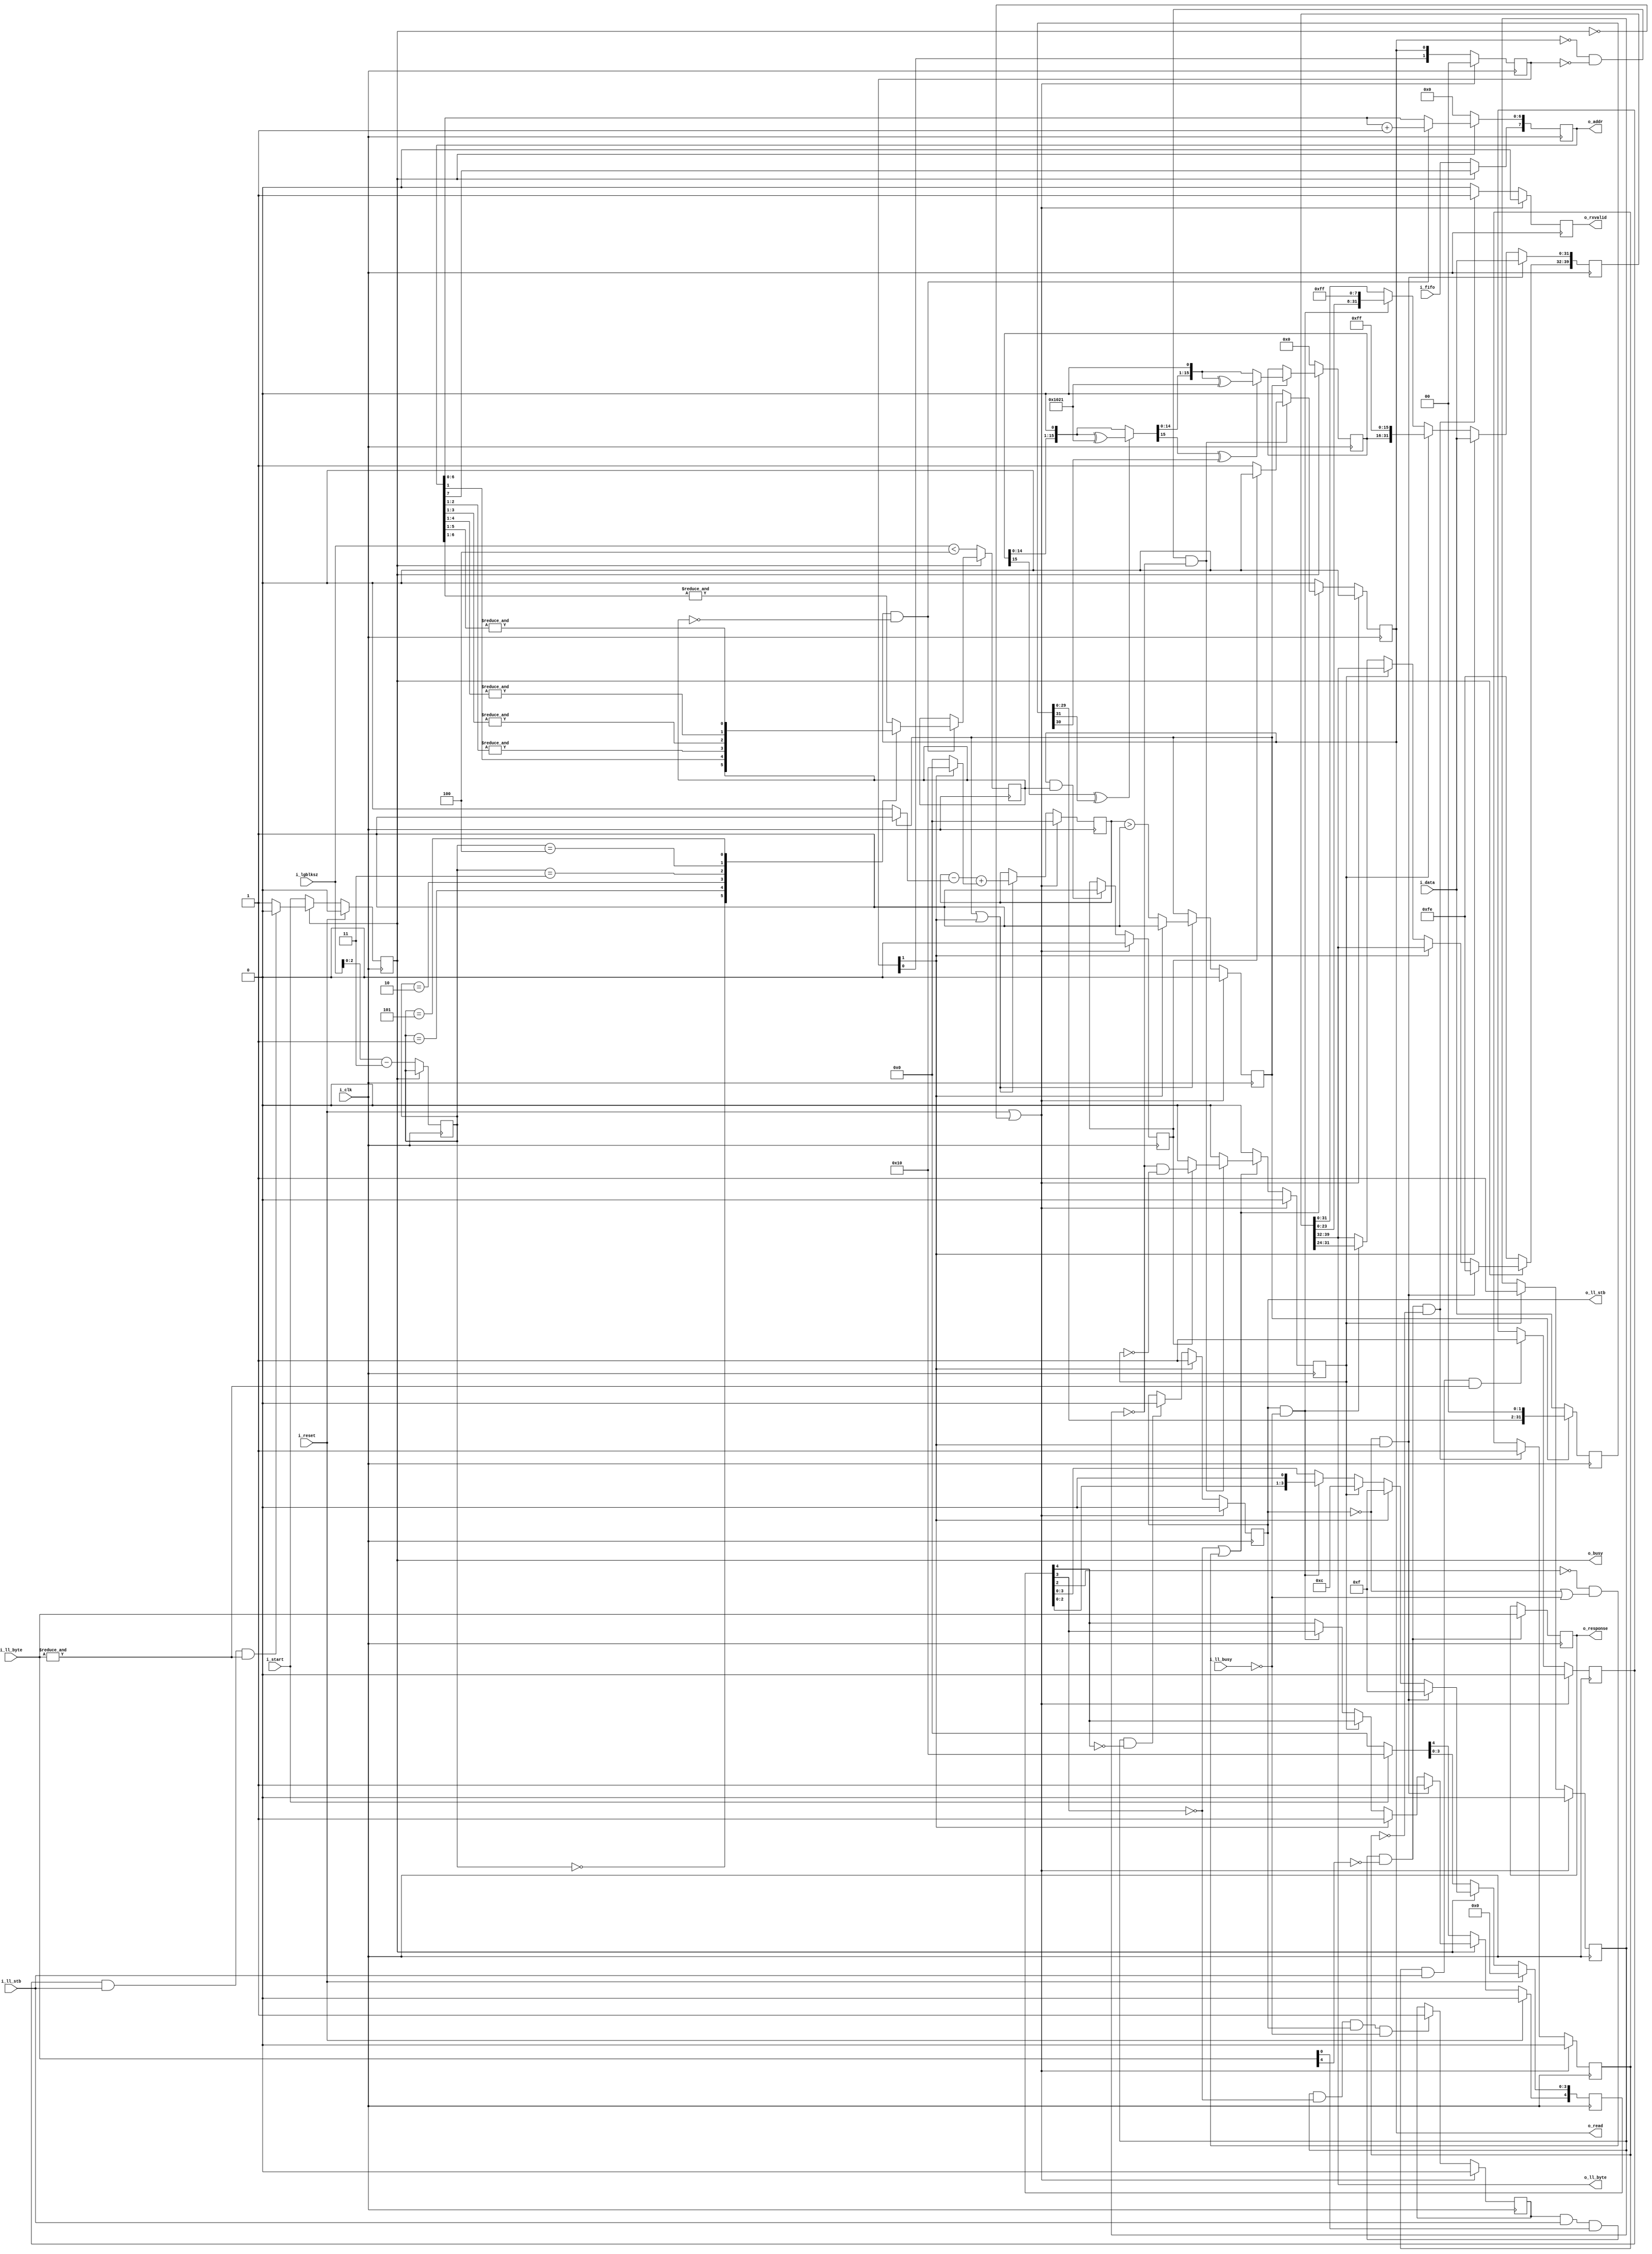
////////////////////////////////////////////////////////////////////////////////
//
//
// Project:	SD-Card controller, using a shared SPI interface
//
// Purpose:	To handle all of the processing associated with sending data
//		from a memory to our lower-level SPI processor.
//
// Creator:	Dan Gisselquist, Ph.D.
//		Gisselquist Technology, LLC
//
////////////////////////////////////////////////////////////////////////////////
//
// Copyright (C) 2016-2020, Gisselquist Technology, LLC
//
// This program is free software (firmware): you can redistribute it and/or
// modify it under the terms of  the GNU General Public License as published
// by the Free Software Foundation, either version 3 of the License, or (at
// your option) any later version.
//
// This program is distributed in the hope that it will be useful, but WITHOUT
// ANY WARRANTY; without even the implied warranty of MERCHANTIBILITY or
// FITNESS FOR A PARTICULAR PURPOSE.  See the GNU General Public License
// for more details.
//
// You should have received a copy of the GNU General Public License along
// with this program.  (It's in the $(ROOT)/doc directory, run make with no
// target there if the PDF file isn't present.)  If not, see
// <http://www.gnu.org/licenses/> for a copy.
//
// License:	GPL, v3, as defined and found on www.gnu.org,
//		http://www.gnu.org/licenses/gpl.html
//
//
////////////////////////////////////////////////////////////////////////////////
//
//
`default_nettype none
//
module spitxdata(i_clk, i_reset, i_start, i_lgblksz, i_fifo, o_busy,
		o_read, o_addr, i_data,
		i_ll_busy, o_ll_stb, o_ll_byte,
		i_ll_stb, i_ll_byte, o_rxvalid, o_response);
	parameter	DW = 32, AW = 8, RDDELAY = 2;
	localparam	CRC_POLYNOMIAL = 16'h1021;
	//
	input	wire	i_clk, i_reset;
	//
	input	wire		i_start;
	input	wire	[3:0]	i_lgblksz;
	input	wire		i_fifo;
	output	reg		o_busy;
	//
	output	reg 		o_read;
	output	reg [AW-1:0]	o_addr;
	input	wire [DW-1:0]	i_data;
	//
	input	wire		i_ll_busy;
	output	reg		o_ll_stb;
	output	wire [7:0]	o_ll_byte;
	//
	input	wire		i_ll_stb;
	input	wire [7:0]	i_ll_byte;
	//
	output	reg 		o_rxvalid;
	output	reg [7:0]	o_response;


	reg	[RDDELAY-1:0]	rdvalid;
	reg	[8+DW-1:0]	gearbox;
	reg	[1+(DW/8)-1:0]	fill;
	reg			crc_flag, crc_stb, data_read, all_mem_read;

	reg				lastaddr, data_sent, received_token,
					all_idle;
	reg				crc_active;
	reg [$clog2(1+DW/2)-1:0]	crc_fill;
	(* keep *) reg	[DW-1:0]	crc_gearbox;
	reg	[15:0]			crc_data;

	reg				token;

	always @(*)
		token = (data_sent && i_ll_stb && i_ll_byte[0] &&!i_ll_byte[4]);

	initial	o_busy = 0;
	always @(posedge i_clk)
	if (i_reset)
		o_busy <= 0;
	else if (!o_busy)
		o_busy <= i_start;
	else if (all_idle && i_ll_stb && (&i_ll_byte))
		o_busy <= 0;

	initial	o_rxvalid = 0;
	initial	received_token = 0;
	always @(posedge i_clk)
	if (i_reset || !o_busy)
		{ received_token, o_rxvalid } <= 0;
	else if (token && !received_token)
		{ received_token, o_rxvalid } <= 2'b11;
	else
		o_rxvalid <= 0;

	initial	all_idle = 0;
	always @(posedge i_clk)
	if (i_reset || !o_busy)
		all_idle <= 0;
	else if (received_token && i_ll_stb && (&i_ll_byte))
		all_idle <= 1'b1;

	always @(posedge i_clk)
	if (token)
		o_response <= i_ll_byte;

	// o_read & o_addr
	// 0: arbited read request
	// 1: read data
	// 2: muxed read data
	initial	rdvalid = 0;
	always @(posedge i_clk)
	if (i_reset || !o_busy)
		rdvalid <= 0;
	else
		rdvalid <= { rdvalid[RDDELAY-2:0], o_read };

	initial	o_ll_stb = 0;
	always @(posedge i_clk)
	if (i_reset || !o_busy)
		o_ll_stb <= 0;
	else if (rdvalid[RDDELAY-1])
		o_ll_stb <= 1;
	else if (data_read && !fill[4])
		o_ll_stb <= 0;

	initial	fill = 0;
	always @(posedge i_clk)
	begin
		if (!o_ll_stb && rdvalid[RDDELAY-1])
		begin
			gearbox <= { 8'hfe, i_data };
			fill <= 5'h1f;
		end else if (rdvalid[RDDELAY-1])
		begin
			gearbox <= { gearbox[DW+8-1:DW], i_data };
			fill <= 5'h1f;
		end else if (crc_stb)
		begin
			gearbox <= { gearbox[DW+8-1:DW], crc_data, 16'hff };
			fill[3:0] <= 4'hc;
		end else if (o_ll_stb && !i_ll_busy)
		begin
			gearbox <= { gearbox[DW-1:0], 8'hff };
			fill <= fill << 1;
		end

		if (!o_busy)
			gearbox[39:32] <= 8'hfe;	// Start token

		if (i_reset)
			fill <= 0;
		else if (!o_busy)
			fill <= (i_start) ? 5'h10 : 0;
	end

	assign	o_ll_byte = gearbox[39:32];

	initial	{ crc_stb, o_read } = 0;
	always @(posedge i_clk)
	if (i_reset || !o_busy)
		{ crc_stb, o_read } <= 0;
	else if (!fill[3] || (!fill[2] && (!o_ll_stb || !i_ll_busy)))
	begin
		{ crc_stb, o_read } <= 0;
		if (!o_read && rdvalid == 0 && !data_read)
		begin
			if (!all_mem_read)
				o_read <= 1;
			else
				crc_stb <= (!crc_flag)&&(!crc_stb);
		end
	end else
		{ crc_stb, o_read } <= 0;

	always @(posedge i_clk)
	if (!o_busy)
		o_addr <= { i_fifo, {(AW-1){1'b0}} };
	else if (o_read && !lastaddr)
		o_addr[AW-2:0] <= o_addr[AW-2:0] + 1;

	initial	all_mem_read = 0;
	always @(posedge i_clk)
	if (i_reset || !o_busy)
		all_mem_read <= 0;
	else if (o_read && lastaddr)
		all_mem_read <= 1;

	initial	crc_flag = 0;
	always @(posedge i_clk)
	if (i_reset || !o_busy)
		crc_flag <= 0;
	else if (crc_stb)
		crc_flag <= 1;

	always @(*)
		data_read = crc_flag;

	initial	data_sent = 0;
	always @(posedge i_clk)
	if (i_reset || !o_busy)
		data_sent <= 1'b0;
	else if (data_read && !fill[3] && o_ll_stb && !i_ll_busy)
		data_sent <= 1'b1;

	reg	[2:0]	r_lgblksz_m3;

	initial	r_lgblksz_m3 = 0;
	initial	lastaddr = 0;
	always @(posedge i_clk)
	if (!o_busy)
	begin
		lastaddr <= (i_lgblksz < 4);
		// Verilator lint_off WIDTH
		r_lgblksz_m3 <= i_lgblksz-3;
		// Verilator lint_on WIDTH
	end else if (o_read && !lastaddr)
	begin
		case(r_lgblksz_m3)
		0: begin end // assert(lastaddr);		//   8 bytes
		1: lastaddr <= (&o_addr[1:1]);	//  16 bytes
		2: lastaddr <= (&o_addr[2:1]);	//  32 bytes
		3: lastaddr <= (&o_addr[3:1]);	//  64 bytes
		4: lastaddr <= (&o_addr[4:1]);	// 128 bytes
		5: lastaddr <= (&o_addr[5:1]);	// 256 bytes
		default: lastaddr <= (&o_addr[6:1]);	// 512 bytes
		endcase
	end

	////////////////////////////////////////////////////////////////////////
	//
	// CRC calculation
	//
	initial	crc_fill = 0;
	always @(posedge i_clk)
	if (i_reset || !o_busy)
	begin
		crc_fill <= 0;
		crc_active <= 0;
	end else if (crc_active || rdvalid[RDDELAY-1])
	begin
		// Verilator lint_off WIDTH
		crc_fill <= crc_fill - (crc_active ? 1:0)
					+ (rdvalid[RDDELAY-1] ? (DW/2):0);
		// Verilator lint_on WIDTH
		if (rdvalid[RDDELAY-1])
			crc_active <= 1;
		else
			crc_active <= (crc_fill > 1);
	end

	always @(posedge i_clk)
	if (!crc_active)
		crc_gearbox <= i_data;
	else
		crc_gearbox <= { crc_gearbox[DW-3:0], 2'b00 };

	reg	[15:0]	next_crc_data;

	always @(*)
	begin
		next_crc_data = crc_data << 1;;

		if (crc_data[15] ^ crc_gearbox[31])
			next_crc_data = next_crc_data ^ CRC_POLYNOMIAL;

		if (next_crc_data[15] ^ crc_gearbox[30])
			next_crc_data = (next_crc_data << 1) ^ CRC_POLYNOMIAL;
		else
			next_crc_data = (next_crc_data << 1);
	end

	always @(posedge i_clk)
	if (!o_busy)
		crc_data <= 0;
	else if (crc_active)
		crc_data <= next_crc_data;

`ifdef	FORMAL
`ifdef	SPITXDATA
`define	ASSUME	assume
`else
`define	ASSUME	assert
`endif

	reg		f_past_valid;
	reg	[3:0]	f_lgblksz;
	wire	[3:0]	f_lgblksz_m3;


	initial	f_past_valid = 0;
	always @(posedge i_clk)
		f_past_valid <= 1;

	// Reset check(s)
	always @(posedge i_clk)
	if (!f_past_valid || $past(i_reset))
	begin
		assert(!o_ll_stb);
		assert(!o_busy);
		assert(rdvalid  == 0);
		assert(!o_rxvalid);
	end

	always @(posedge i_clk)
	if (!f_past_valid || !$past(o_busy))
	begin
		assert(rdvalid  == 0);
		assert(!o_rxvalid);
		if (!f_past_valid || $past(i_reset))
			assert(fill == 0);
		else if ($past(i_start))
			assert(fill == 5'h10);
		else
			assert(fill == 0);
		assert(crc_fill == 0);
	end

	////////////////////////////////////////////////////////////////////////
	//
	// Data assumptions
	//
	reg	[6:0]	f_last_read;

	initial	f_last_read = 0;
	always @(posedge i_clk)
	begin
		f_last_read <= f_last_read << 1;
		if (o_ll_stb && !i_ll_busy)
			f_last_read[0] <= 1;
	end

`ifdef	VERIFIC
	always @(*)
		`ASSUME($onehot0({f_last_read, (o_ll_stb && !i_ll_busy)}));
`else
	always @(*)
	case({f_last_read, (o_ll_stb && !i_ll_busy)})
	8'h00: begin end
	8'h01: begin end
	8'h02: begin end
	8'h04: begin end
	8'h08: begin end
	8'h10: begin end
	8'h20: begin end
	8'h40: begin end
	8'h80: begin end
	default: `ASSUME(0);
	endcase
`endif


	always @(*)
	if (i_start)
	begin
		`ASSUME(i_lgblksz <= 9);
		`ASSUME(i_lgblksz  > 2);
	end

	always @(*)
	if (crc_fill > 1)
	begin
		assert(o_ll_stb);
		assert(!crc_stb);
	end

	always @(*)
	if (o_read || rdvalid != 0)
		assert(!o_ll_stb || i_ll_busy);

	////////////////////////////////////////////////////////////////////////
	//
	// Induction assertions
	//

	always @(*)
	if (rdvalid != 0)
		assert(crc_fill <= 1);

	always @(*)
	if (o_busy)
		assert(crc_active == (crc_fill > 0));

	always @(*)
	if (o_read)
		assert(rdvalid == 0);
	else
`ifdef	VERIFIC
		assert($onehot0(rdvalid));
`else
	begin
		assert((rdvalid == 0)
			||(rdvalid == 1)
			||(rdvalid == 2)
			||(rdvalid == 4));
	end
`endif

	always @(*)
	if (o_busy && all_idle)
		assert(received_token);

	always @(*)
	if (o_busy && received_token)
		assert(data_sent);

	always @(*)
	if (o_busy && data_sent)
	begin
		assert(data_read);
		assert(!crc_stb);
		assert(!crc_active);
	end

	always @(*)
	if (crc_fill > 5'h0c)
		assert(&fill[4:1]);
	else if (crc_fill > 4)
		assert(&fill[4:2]);
	else if (crc_fill > 0)
		assert(&fill[4:3]);

	always @(*)
		assert(crc_fill <= 5'h10);
	always @(*)
	if (o_busy && data_read)
	begin
		assert(crc_flag);
		assert(!crc_stb);
		assert(!crc_active);
	end

	always @(*)
	if (o_busy && crc_flag)
	begin
		assert(!crc_stb);
		assert(all_mem_read);
		assert(!crc_active);
	end

	always @(posedge i_clk)
	if (f_past_valid && !$past(i_reset) && $past(o_busy))
		assert($rose(crc_flag) == $past(crc_stb));

	always @(*)
	if (o_busy && all_mem_read)
		assert(lastaddr);

	always @(*)
	if (o_busy && !lastaddr)
		assert(!all_mem_read);

	always @(posedge i_clk)
	if (!o_busy)
		f_lgblksz <= i_lgblksz;

	assign	f_lgblksz_m3 = f_lgblksz - 3;

	always @(*)
	if(o_busy)
		assert(f_lgblksz >= 3);

	always @(*)
	if (o_busy)
		assert(f_lgblksz_m3[2:0] == r_lgblksz_m3);

	always @(*)
	if (o_busy)
	case(r_lgblksz_m3)
	3'h0: assert(lastaddr);			//   8 bytes
	3'h1: assert(lastaddr == (&o_addr[1:0]));	//  16 bytes
	3'h2: assert(lastaddr == (&o_addr[2:0]));	//  32 bytes
	3'h3: assert(lastaddr == (&o_addr[3:0]));	//  64 bytes
	3'h4: assert(lastaddr == (&o_addr[4:0]));	// 128 bytes
	3'h5: assert(lastaddr == (&o_addr[5:0]));	// 256 bytes
	default: assert(lastaddr == (&o_addr[AW-2:0]));
	endcase

	always @(*)
	if (o_ll_stb && !data_sent)
		assert(fill[4]);

	always @(*)
	if (fill != 0)
		assert(fill[DW/8]);

	genvar	k;

	generate for(k=DW/8; k>0; k=k-1)
	begin
		always @(*)
		if ((fill != 0) && !fill[k])
			assert(fill[k-1:0]==0);
	end endgenerate

	always @(posedge i_clk)
	if (f_past_valid && $past(crc_stb))
		assert(!crc_stb);

////////////////////////////////////////////////////////////////////////////////
////////////////////////////////////////////////////////////////////////////////
////////////////////////////////////////////////////////////////////////////////
//
// Formal property section
//
////////////////////////////////////////////////////////////////////////////////
////////////////////////////////////////////////////////////////////////////////
////////////////////////////////////////////////////////////////////////////////
`ifdef	SPITXDATA
	reg	[5:0]		f_read_seq;
	(* anyseq *) reg	f_read_check;
	reg	[DW-1:0]	f_read_data;

	always @(posedge i_clk)
	if (rdvalid[RDDELAY-1])
		f_read_data <= i_data;

	always @(*)
	if (f_read_seq != 0)
		assume(!f_read_check);

	initial	f_read_seq = 0;
	always @(posedge i_clk)
	if (!o_busy)
		f_read_seq <= 0;
	else if (f_read_check && o_read)
		f_read_seq <= 1;
	else if (rdvalid != 0)
	begin
		if (rdvalid[RDDELAY-1])
			f_read_seq <= 2;
	end else if (!i_ll_busy)
		f_read_seq <= (f_read_seq << 1);

	always @(*)
	if (i_reset || !o_busy || (f_read_seq == 0))
	begin end
	else case(f_read_seq)
	6'h01: begin
		assert(rdvalid != 0);
		assert(fill == 5'h10);
		end
	6'h02: begin
		assert(o_ll_stb);
		assert(rdvalid == 0);
		assert(fill == 5'h1f);
		assert(gearbox[DW-1:0] == f_read_data);
		end
	6'h04: begin
		assert(o_ll_stb);
		assert(rdvalid == 0);
		assert(fill == 5'h1e);
		assert(gearbox[8+DW-1:8] == f_read_data);
		end
	6'h08: begin
		assert(o_ll_stb);
		assert(rdvalid == 0);
		assert(fill == 5'h1c);
		assert(gearbox[8+DW-1:16] == f_read_data[23:0]);
		end
	6'h10: begin
		assert(o_ll_stb);
		assert(rdvalid == 0);
		assert(fill == 5'h18);
		assert(gearbox[8+DW-1:24] == f_read_data[15:0]);
		end
	6'h20: begin
		assert(o_ll_stb);
		assert(fill[4]);
		assert(gearbox[8+DW-1:DW] == f_read_data[7:0]);
		end
	default:
`ifdef	VERIFIC
		assert($onehot0(f_read_seq));
`else
		if (f_read_seq)
			assert(0);
`endif
	endcase
`endif
	////////////////////////////////////////////////////////////////////////
	//
	// Cover properties
	//
	always @(posedge i_clk)
	begin
		cover(f_lgblksz == 4 && o_rxvalid);
		cover(o_busy && f_lgblksz == 4 && o_addr == 8'h00);
		cover(o_busy && f_lgblksz == 4 && o_addr == 8'h01);
		cover(o_busy && f_lgblksz == 4 && o_addr == 8'h02);
		cover(o_busy && f_lgblksz == 4 && o_addr == 8'h03);
		cover(o_busy && f_lgblksz == 4 && lastaddr);
		cover(o_busy && f_lgblksz == 4 && crc_stb);
		cover(o_busy && f_lgblksz == 4 && all_mem_read);
		cover(o_busy && f_lgblksz == 4 && crc_flag);
		cover(o_busy && f_lgblksz == 4 && data_read);
		cover(o_busy && f_lgblksz == 4 && data_sent);
		cover(o_busy && f_lgblksz == 4 && received_token);
		cover(o_busy && f_lgblksz == 4 && all_idle);
		cover(!o_busy && f_lgblksz == 4 && all_idle);
	end

`endif
endmodule